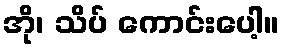
အို၊ သိပ် ကောင်းပေါ့။